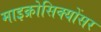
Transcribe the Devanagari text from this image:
माइक्रोसिक्योंसर